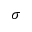
\sigma